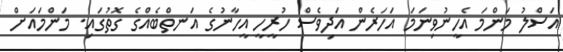
އަސްލު މަންމަ އެހީނުވިނަމަ އަހަރެން އަދިވެސް ހުރީހީ އީހާނުގެ އަނތްބެއްގެ ގޮތުގައި. މަންމައަށް